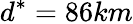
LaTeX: d^{*}=86km